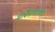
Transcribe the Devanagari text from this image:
मक्सिमाविच